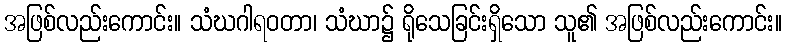
အဖြစ်လည်းကောင်း။ သံဃဂါရဝတာ၊ သံဃာ၌ ရိုသေခြင်းရှိသော သူ၏ အဖြစ်လည်းကောင်း။